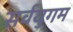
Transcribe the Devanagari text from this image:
सर्वयुगम